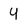
Character: Y